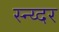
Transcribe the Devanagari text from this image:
स्न्य्दर